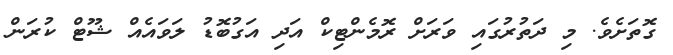
ގޮތަށެވެ. މި ދަތުރުގައި ވަރަށް ރޮމެންޓިކް އަދި އަގުބޮޑު ލަވައެއް ޝޫޓް ކުރަން